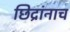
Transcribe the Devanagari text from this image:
छिद्रांनाच